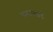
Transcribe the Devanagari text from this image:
समानतयें